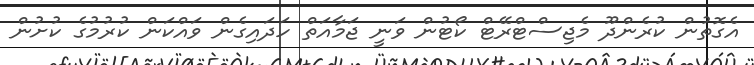
އެގޮތުން ކުރެންދޫ މެޖިސްޓްރޭޓް ކޯޓުން ވަނީ ޖަމާއަތް ހަދައިގެން ވައްކަން ކުރުމުގެ ކުށުން